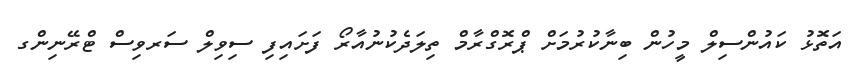
އަތޮޅު ކައުންސިލް މީހުން ބިނާކުރުމަށް ޕްރޮގްރާމް ތިލަދެކުނުއާރޯ ފަށައިފި ސިވިލް ސަރވިސް ޓްރޭނިންގ